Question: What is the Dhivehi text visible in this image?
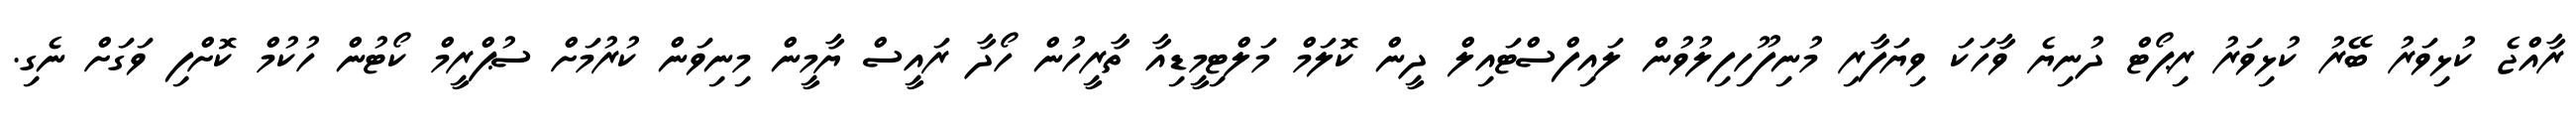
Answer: ރާއްޖެ ކުޅިވަރު ބޭރު ކުޅިވަރު ރިޕޯޓް ދުނިޔެ ވާހަކަ ވިޔަފާރި މުނިފޫހިފިލުވުން ލައިފްސްޓައިލް ދީން ކޮލަމް މަލްޓިމީޑިއާ ތާރީހުން ހޯދާ ރައީސް ޔާމީން މިނިވަން ކުރުމަށް ސުޕްރީމް ކޯޓުން ހުކުމް ކޮށްފި ވަގަށް ނެގި.